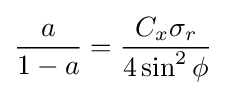
{\frac {a}{1-a}}={\frac {C_{x}\sigma _{r}}{4\sin ^{2}\phi }}